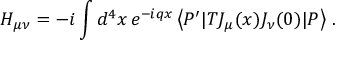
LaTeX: H _ { \mu \nu } = - i \int d ^ { 4 } x \, e ^ { - i q x } \left< P ^ { \prime } | T J _ { \mu } ( x ) J _ { \nu } ( 0 ) | P \right> \, .